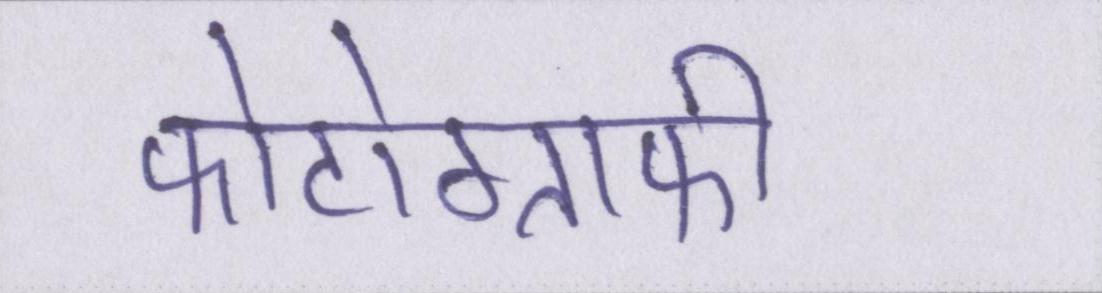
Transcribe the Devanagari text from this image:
फोटोग्राफी